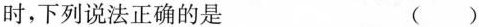
时，下列说法正确的是 （ ）